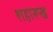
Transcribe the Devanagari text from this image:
शहारूख